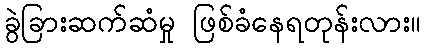
ခွဲခြားဆက်ဆံမှု ဖြစ်ခံနေရတုန်းလား။